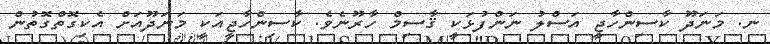
ނ. މަނަދޫ ކާސިންހާޖީ އަސްލު ނަންފުޅަކީ ޤާސިމް ހާރޫނެވެ. ކާސިންހާޖީއަކީ މަނަދޫއަށް އެކިގޮތްގޮތުން